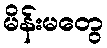
မိန်းမတွေ